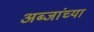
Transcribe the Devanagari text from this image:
अब्जांच्या